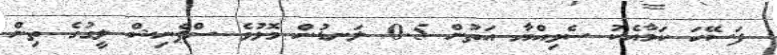
ފަސޭހަ ކަމާއެކު ސެވިއްޔާ އަތުން 5-0 ލަނޑުން މޮޅުވެ ސްޕެނިޝް ލީގުގެ ތިން